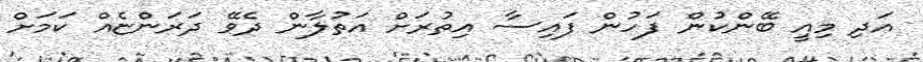
އަދި މިއީ ބޭންކުން ފަހުން ފައިސާ އިތުރަށް އަތުލާން ދެވޭ ދަރަންޏެއް ކަމަށް